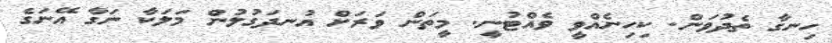
ހިނގާ ތެދުވަން. ކިހިނެއްވީ ވެއްޓުނީ. މީތަން ވަރަށް އުނދަގުލުން މަލަކާ ނަގާ އޭނަގެ